Annual report on the working of the mental hospitals in the Madras Presidency - 1912-1932
Year: 1912
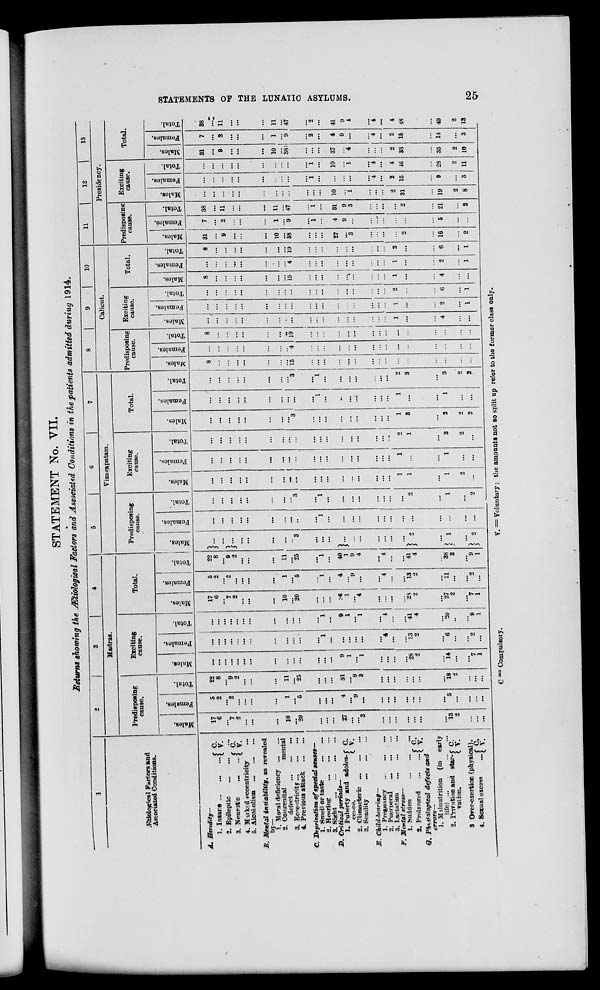
STATEMENTS OF THE LUNATIC ASYLUMS.
25
STATEMENT No. VII.
Returns showing the Ætiological Factors and Associated Conditions in the patients admitted during 1914.
1
Ætiological Factors and
Associated Conditions.
A. Heredity—
1. Insane
...
...
... C.
V.
2. Epileptic
...
...
...
3. Neurotic ... ...
C.
V.
4. Marked eccentricity ...
5. Alcoholism
...
...
...
B. Mental insiability,
as revealed
by—
1. Moral deficiency ... ...
2. Congenital
mental
defect ... ... ...
3. Eccentricity ... ... ...
4. Previous attack
...
...
C. Deprivation of special senses—
1. Smell or taste
...
...
2. Hearing ... ... ...
...
3. Sight ...
...
...
...
D. Critical
periods—
J. Puberty and adoles-
cence.
C. V.
2. Climacteric ... ... ...
3. Semlity
...
... ...
E. Child-bearing—
1. Pregnancy
...
...
...
2. Puerperal
...
...
...
3. Lactation
...
...
...
F. Mental stress—
1. Sudden
...
...
2. Prolonged ... ... ... C.
V.
G. Physiological defects and
errors—
1. Malnutrition (in early
life)
...
...
...
...
2. Privation and star-
vation.
C.
V.
3. Over-exertion (physical).
4. Sexual excess
... C.
V.
2
3
4
Madras.
Predisposing
cause.
Males.
17
6
...
7
2
...
...
...
10
...
20
...
...
...
27
...
...
3
...
...
...
...
...
...
...
13
2
...
...
...
Females,
5
2
...
2
...
...
...
...
1
...
5
...
...
...
4
...
9
...
...
...
...
...
...
...
...
5
...
...
...
...
Total.
22
8
...
9
2
...
...
...
11
...
25
...
...
...
31
...
9
3
...
...
...
...
...
...
...
18
2
...
...
...
Exciting
cause.
Males.
...
...
...
...
...
...
...
...
...
...
...
...
...
...
9
1
...
1
...
...
...
...
28
2
...
14
...
...
7
1
Females.
...
...
...
...
...
...
...
...
...
...
...
...
1
...
...
...
...
...
...
4
...
...
13
2
...
6
...
2
2
...
Total.
...
...
...
...
...
...
...
...
...
...
...
...
1
...
9
1
...
1
...
4
...
...
41
4
...
20
...
...
9
1
Total.
Males.
17
6
...
7
2
...
...
...
10
...
20
...
...
...
6
1
...
4
. ..
...
...
...
23
2
...
27
2
7
7
1
Females.
5
2
...
2
...
. ..
...
...
1
...
5
...
1
...
4
...
9
...
...
4
...
...
13
2
...
11
...
...
2
...
Total.
22
8
...
9
2
. ..
...
...
11
...
25
...
1
...
40
1
9
4
...
4
...
...
41
4
...
38
2
...
9
1
5
6
7
Vizagapatam.
Predisposing
cause.
Males.
...
...
...
...
...
...
...
...
3
...
...
...
...
...
...
...
...
...
...
23
...
1
...
2
Females.
...
...
...
...
...
...
...
...
...
...
1
...
...
...
...
...
...
...
...
...
...
...
...
...
Total.
...
...
...
...
...
...
...
...
3
...
1
...
...
...
...
...
...
...
...
2
...
1
...
2
Exciting
cause.
Males.
...
...
...
...
...
...
...
...
...
...
...
...
...
...
...
...
...
...
1
1
...
1
2
...
Females.
...
...
...
...
...
...
...
...
...
...
...
...
...
...
...
...
...
...
1
...
...
1
...
...
Total.
...
...
...
...
...
...
...
...
...
...
...
...
...
...
...
...
...
...
2
1
...
2
2
...
Total.
Males.
...
...
...
...
...
...
...
...
3
...
...
...
...
...
...
...
...
...
1
3
...
2
2
2
Females.
...
...
...
...
...
...
...
...
...
...
1
...
..
...
...
...
...
...
1
...
...
1
...
...
' Total.
...
...
...
...
...
...
...
...
3
...
1
...
...
...
...
...
...
...
2
3
...
3
2
2
8
9
10
Calicut.
Predisposing
cause.
Males.
8
...
...
...
...
...
...
15
...
...
...
...
...
...
...
...
...
...
...
...
...
...
...
Females.
...
...
...
...
...
...
...
...
4
...
...
...
...
...
...
...
...
...
...
...
...
...
...
...
Total.
8
...
...
...
...
...
...
...
19
...
...
...
...
...
...
...
...
...
...
...
...
...
...
Exciting
cause.
Males.
...
...
...
...
...
...
...
...
...
...
...
...
...
...
...
...
...
...
1
...
...
4
...
Females.
...
...
...
...
...
...
...
...
...
...
...
...
...
...
...
...
...
...
1
...
...
2
...
1
Total.
...
...
...
...
...
...
...
...
...
...
...
...
...
...
...
...
...
...
2
...
...
6
...
1
Total.
Males.
8
...
...
...
...
...
...
...
15
...
...
...
...
...
...
...
...
...
1
...
...
4
...
...
Females.
...
...
...
...
...
...
...
...
4
...
...
...
...
...
...
...
...
...
1
...
...
2
...
1
Total.
8
...
...
...
...
...
...
...
19
. ..
...
...
...
...
...
...
...
...
2
...
...
6
...
1
11
12
13
Presidency.
Predisposing
cause.
Males.
31
...
9
. ..
...
. ..
10
...
38
...
...
...
27
...
3
...
...
...
...
2
...
16
...
2
Females.
7
...
2
...
...
1
...
9
...
1
. ..
4
9
...
...
...
...
...
...
...
5
...
...
Total.
38
...
11
...
...
...
11
...
47
...
1
...
31
9
3
...
...
...
...
2
...
21
...
2
Exciting
cause.
Males.
...
...
...
...
...
...
...
...
...
...
...
...
10
...
1
...
...
...
2
31
...
19
2
8
Females.
...
...
...
...
...
...
...
...
...
...
1
...
...
...
...
...
4
...
2
15
...
9
...
3
Total.
...
...
...
...
...
...
...
...
...
...
1
...
10
...
1
...
4
...
4
46
...
28
2
11
Total.
Males.
31
...
9
...
. ..
. ..
10
...
38
...
...
...
37
...
4
...
...
...
2
33
...
35
2
10
Females.
7
...
2
...
...
...
1
...
9
...
2
...
4
9
...
...
4
...
2
15
...
14
...
3
Total.
38
...
11
...
...
...
11
...
47
...
2
. ..
41
9
4
...
4
...
4
48
...
49
2
13
C = Compulsory.
V. = Voluntary ; the amounts not so split up refer to the former class only.